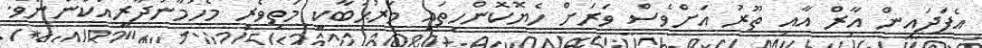
އެފަދައިން އާރް އާއި ތޫރު އަށްވެސް ވަރަށް ހެޔޮކޮންހިތައި މަރުޙަބާކީ މަތިވެރި މެހުމާނުދާރީއަކުންނެވެ.